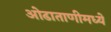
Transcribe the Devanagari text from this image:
ओढाताणीमध्ये